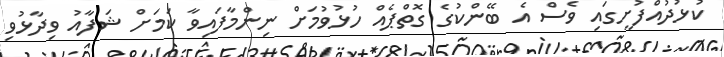
ކުޅުދުއްފުށީގައި ވެސް އެ ބޭންކުގެ ގޮތްޕެއް ހުޅުވުމަށް ނިންމާފައިވާ ކަމަށް ޝަފާއު ވިދާޅުވި